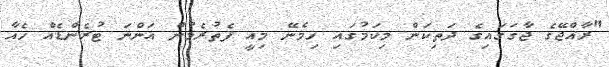
"ރާއްޖޭގެ ޖާގަގައިގެ ދަތިކަން މިކަމުގައި ހިމެނޭ މިއީ ފެތުރެމުން އަންނަ ޓުރެންޑެއް ހެއާ